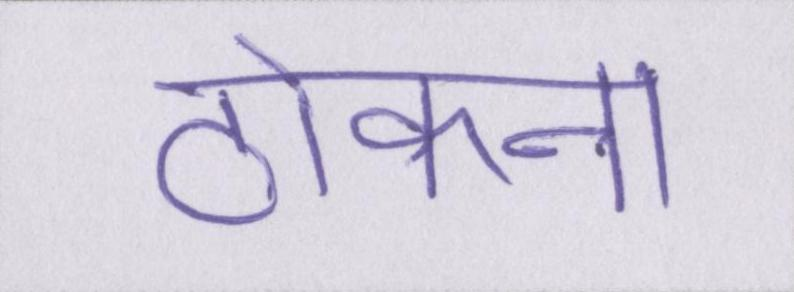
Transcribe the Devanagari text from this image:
ठोकना